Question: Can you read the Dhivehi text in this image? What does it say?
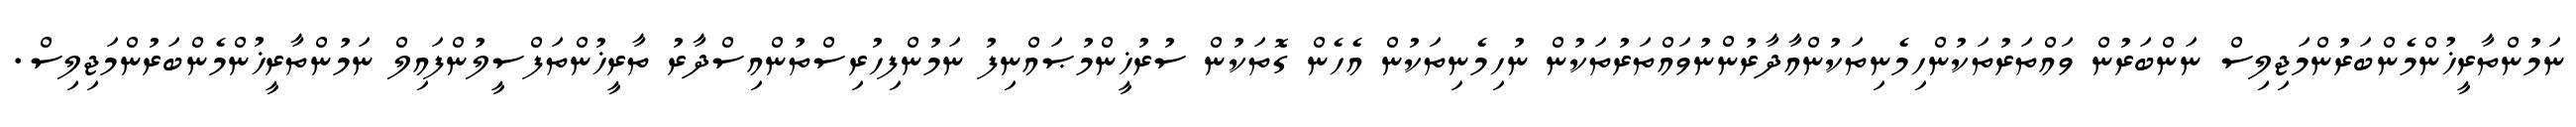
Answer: ނަމުންތާރީޚުންމެންބަރުންމަޖިލިސް ނަންބަރުން ވައްތަރުތަކުންހިމެނިތަކުންއާދާރުންނުވައްތަރުތަކުން ނުހިމެނިތަކުން އެހެން ގޮތަކުން ސުރުޚީންމުޞައްނިފު ނަމުންފިހުރިސްތުންއިސްދާރު ތާރީޚުންތަފްސީލުންފައިލް ނަމުންތާރީޚުންމެންބަރުންމަޖިލިސް.